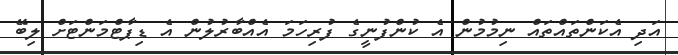
އަދި އެކަންތައްތައް ނިމުމުން އެ ކުންފުނީގެ ފުރިހަމަ އެއްބާރުލުން އެ ޑިޕާޓްމަންޓަށް ލިބޭ